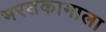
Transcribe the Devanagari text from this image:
भरतकामाला